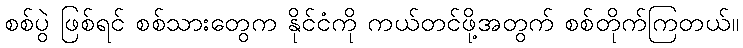
စစ်ပွဲ ဖြစ်ရင် စစ်သားတွေက နိုင်ငံကို ကယ်တင်ဖို့အတွက် စစ်တိုက်ကြတယ်။